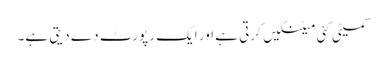
کمیٹی کئی میٹنگیں کرتی ہے اور ایک رپورٹ دے دیتی ہے۔